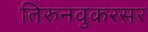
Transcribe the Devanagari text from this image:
तिरुनवुकरसर